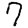
Digit: 7